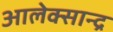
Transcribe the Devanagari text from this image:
आलेक्सान्द्र